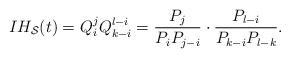
LaTeX: \begin{align*}IH_{\mathcal S}(t)=Q_i^jQ_{k-i}^{l-i}=\frac{P_j}{P_iP_{j-i}}\cdot\frac{P_{l-i}}{P_{k-i}P_{l-k}}.\end{align*}